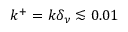
k ^ { + } = k \delta _ { \nu } \lesssim 0 . 0 1